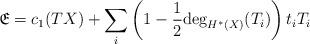
LaTeX: \begin{align*} \mathfrak{E} = c_1(TX) + \sum_i \left( 1 - \frac{1}{2}\textnormal{deg}_{H^*(X)}(T_i) \right) t_i T_i \end{align*}